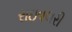
રાઇવલરી